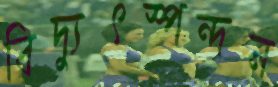
বিদ্যুৎস্পন্দন